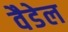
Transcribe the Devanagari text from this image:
वैडेल